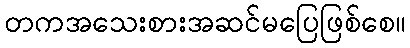
တကအသေးစားအဆင်မပြေဖြစ်စေ။